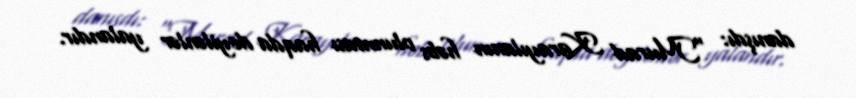
danışdı: “Murad Karayılanın həbs olunması haqda deyilənlər yalandır.